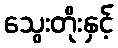
သွေးတိုးနှင့်